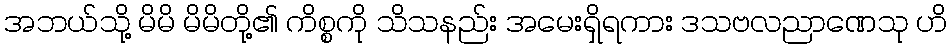
အဘယ်သို့ မိမိ မိမိတို့၏ ကိစ္စကို သိသနည်း အမေးရှိရကား ဒသဗလညာဏေသု ဟိ